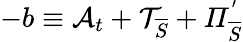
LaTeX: -b\equiv\mathcal{A}_{t}+\mathcal{T}_{\overline{{S}}}+\mathit{\Pi}_{\overline{{S}}}^{'}